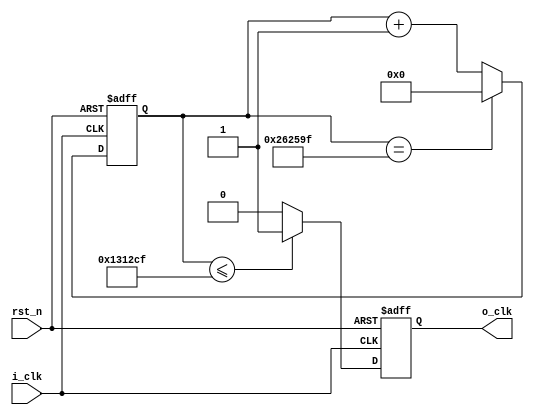
module divider(input rst_n, input i_clk, output reg o_clk);

	parameter N=2_500_000;
	parameter M=1_249_999;

	reg [25:0]cnt;

	always @(posedge i_clk or negedge rst_n)
	begin
	 if(!rst_n)
		cnt<=26'b0;
	 else
		begin
		  if(cnt==N-1)
			 cnt<=26'b0;
		  else
			 cnt<=cnt+1'b1;
		end
	end
	always @(posedge i_clk or negedge rst_n)
	begin
	 if(!rst_n)
		o_clk<=0;
	 else
	 begin
		if(cnt<=M)
		o_clk<=1;
		else
		o_clk<=0;
	 end
	end
	  
endmodule